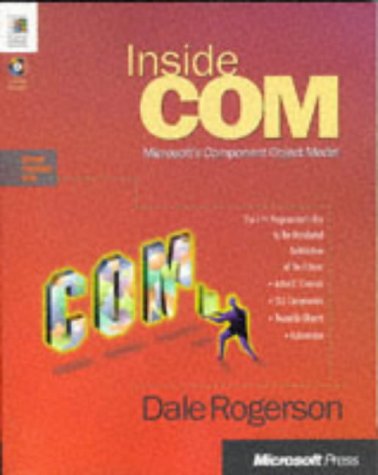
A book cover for Inside Com (Microsoft Programming Series); Dale Rogerson; Computers & Technology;